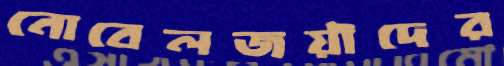
নোবেলজয়ীদের